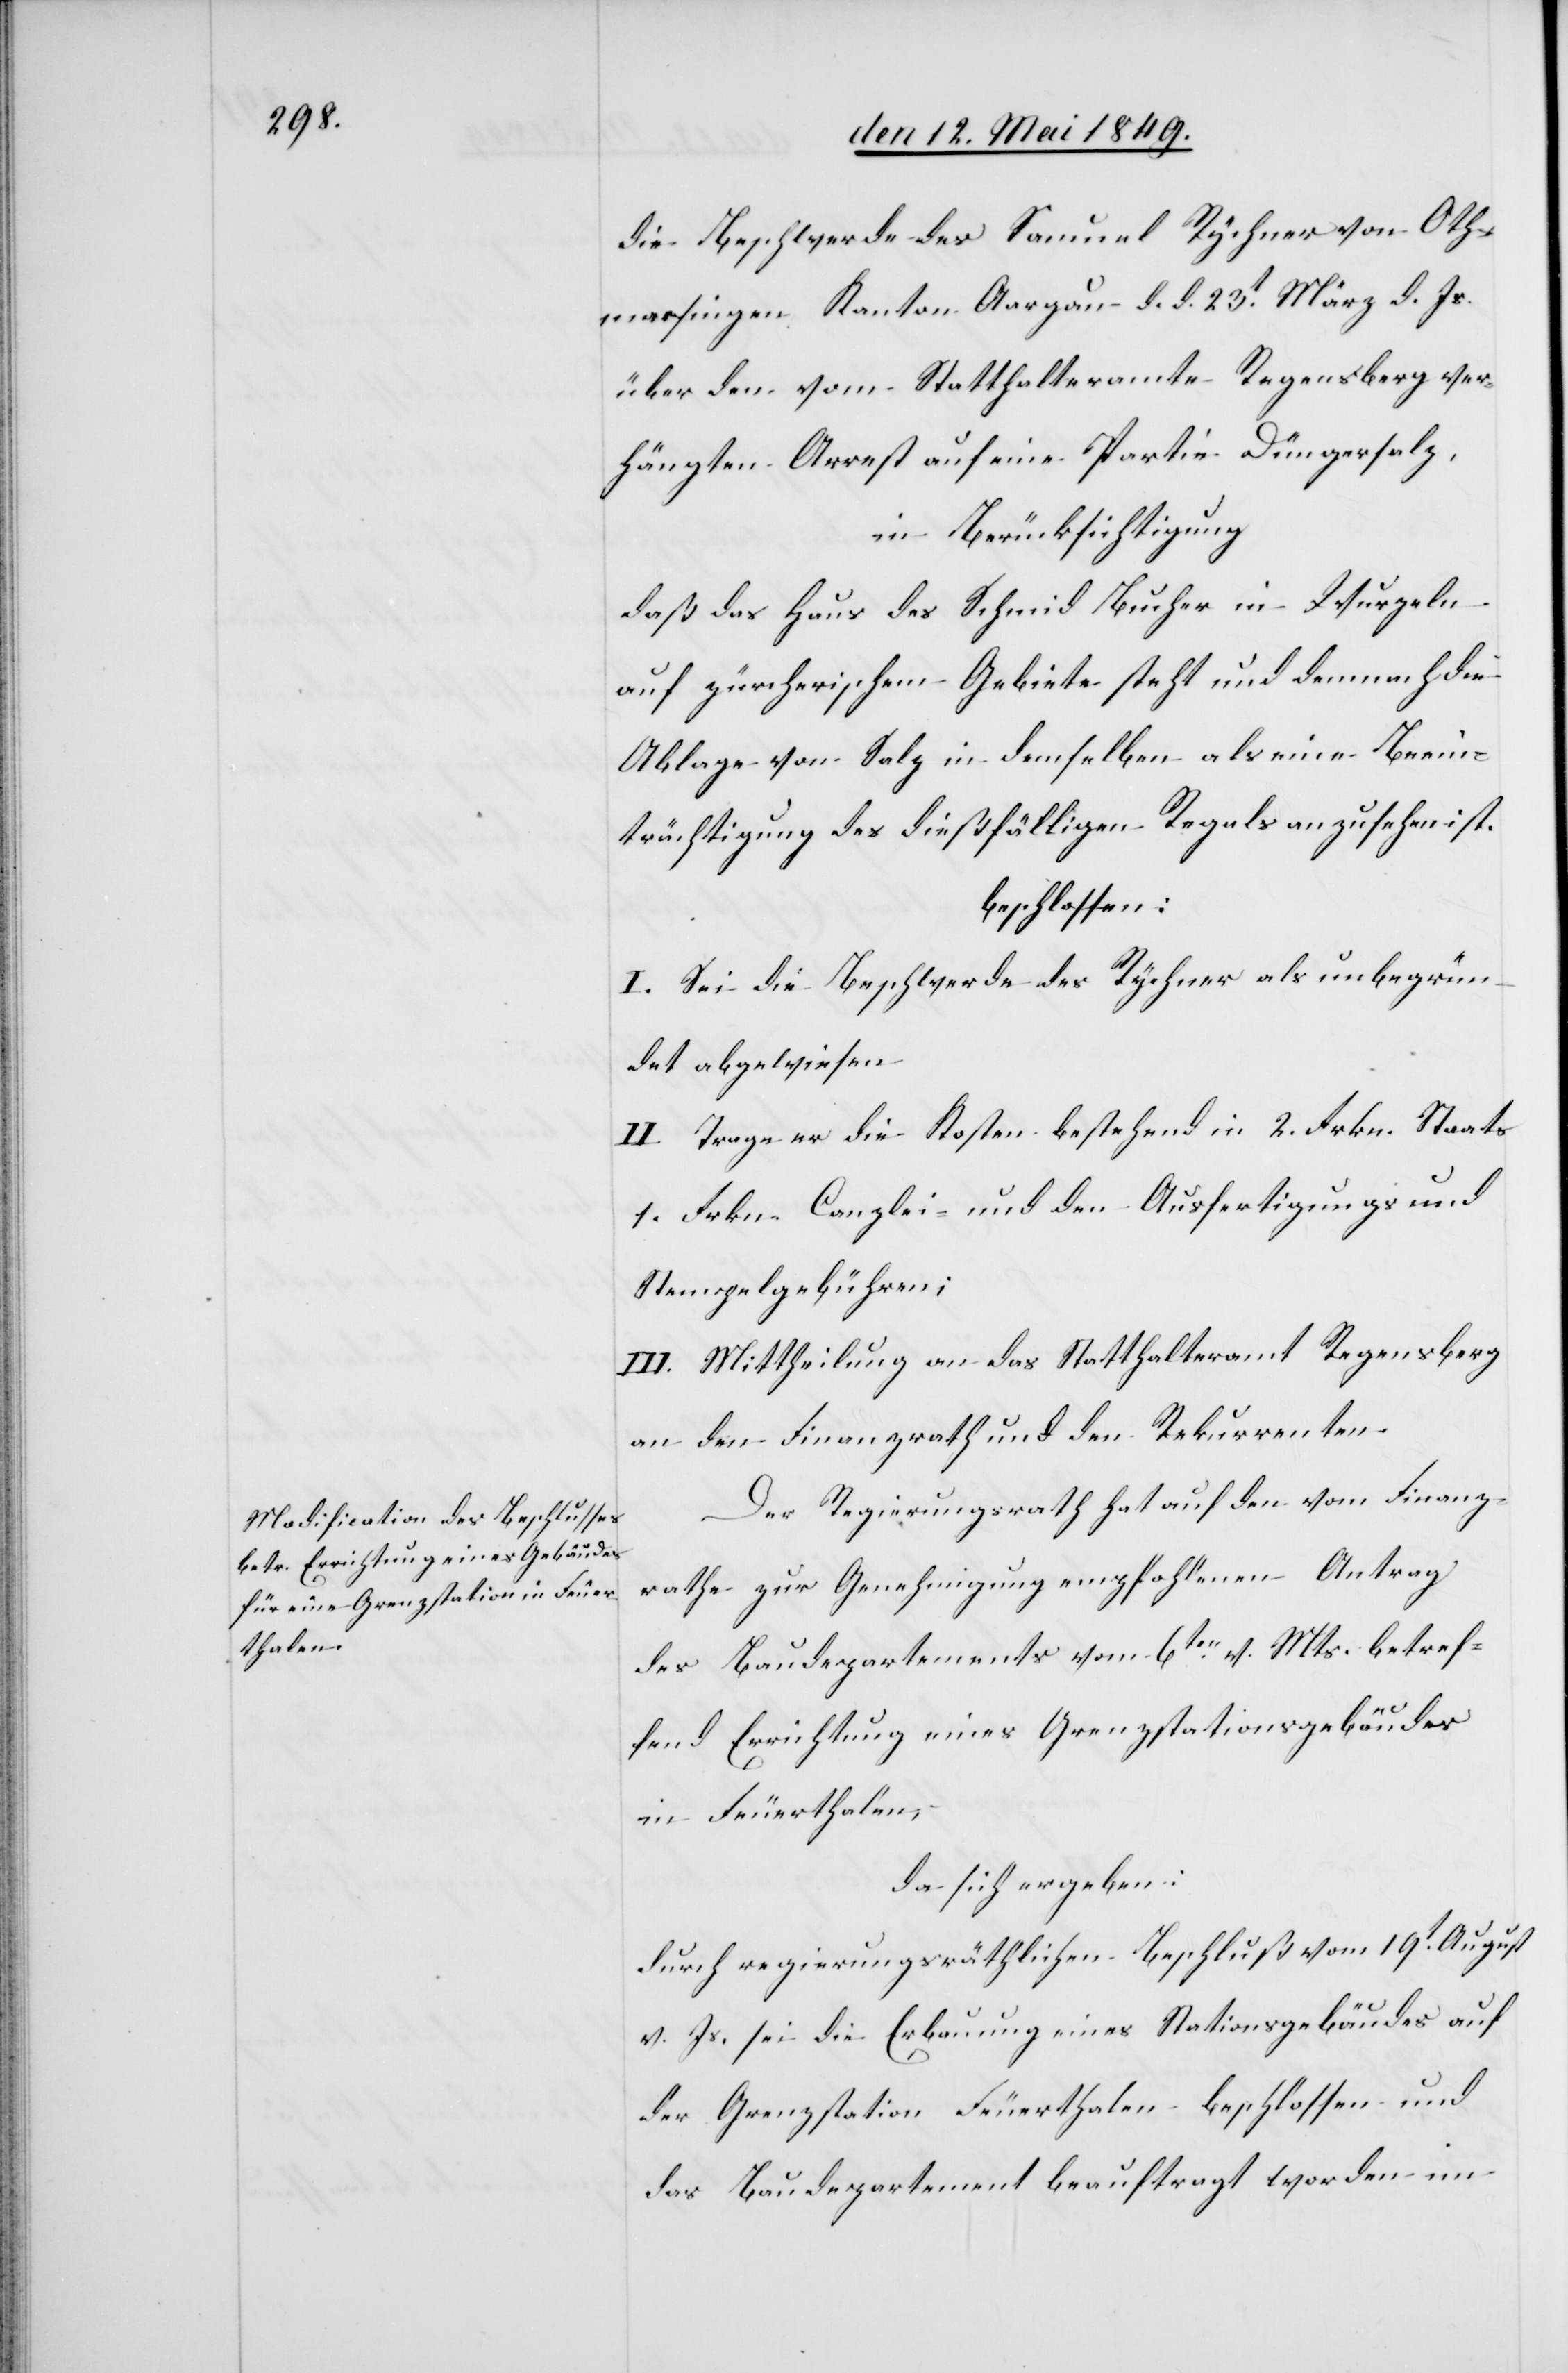
g[,]

die Beschwerde des Samuel Rychner von Oth¬
marsingen Kanton Aargau d. d. 23t März d. Js.
über den vom Statthalteramte Regensberg ver¬
hängten Arrest auf eine Partie Düngersalz,
in Berücksichtigung
s-[,]
daß das Haus des Schmid Bucher in Wurzeln
auf zürcherischem Gebiete steht und demnach die
Ablage von Salz in demselben als eine Beein¬
trächtigung des dießfälligen Regals anzusehen ist.
beschlossen:
I. Sei die Beschwerde des Rychner als unbegrün¬
det abgewiesen.
II. Trage er die Kosten bestehend in 2. Frkn. Staat¬
1. Frkn. Canzlei- und den Ausfertigungs- und
Stempelgebühren;
III. Mittheilung an das Statthalteramt Regensber¬
an den Finanzrath und den Rekurrenten.
Der Regierungsrath hat auf den vom Finanz¬
rathe zur Genehmigung empfohlenen Antrag
des Baudepartements vom 6ten v. Mts. betref¬
fend Errichtung eines Grenzstationsgebäudes
in Feuerthalen
da sich ergeben:
durch regierungsräthlichen Beschluß vom 19t August
v. Js. sei die Erbauung eines Stationsgebäudes auf
der Grenzstation Feuerthalen beschlossen und
das Baudepartement beauftragt worden im